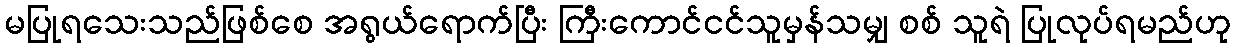
မပြုရသေးသည်ဖြစ်စေ အရွယ်ရောက်ပြီး ကြီးကောင်ငင်သူမှန်သမျှ စစ် သူရဲ ပြုလုပ်ရမည်ဟု